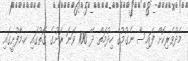
މެދުވެރިކޮށް ފައިސާ ނެގުމުގެ ހިދުމަތް ދޭ 100 ވަނަ ރަށުގެ ގޮތުގައި ކ.މާފުށީގައި